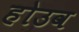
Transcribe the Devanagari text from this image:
होउव